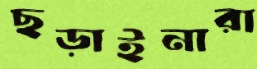
ছড়াইনারা